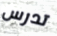
تدرس